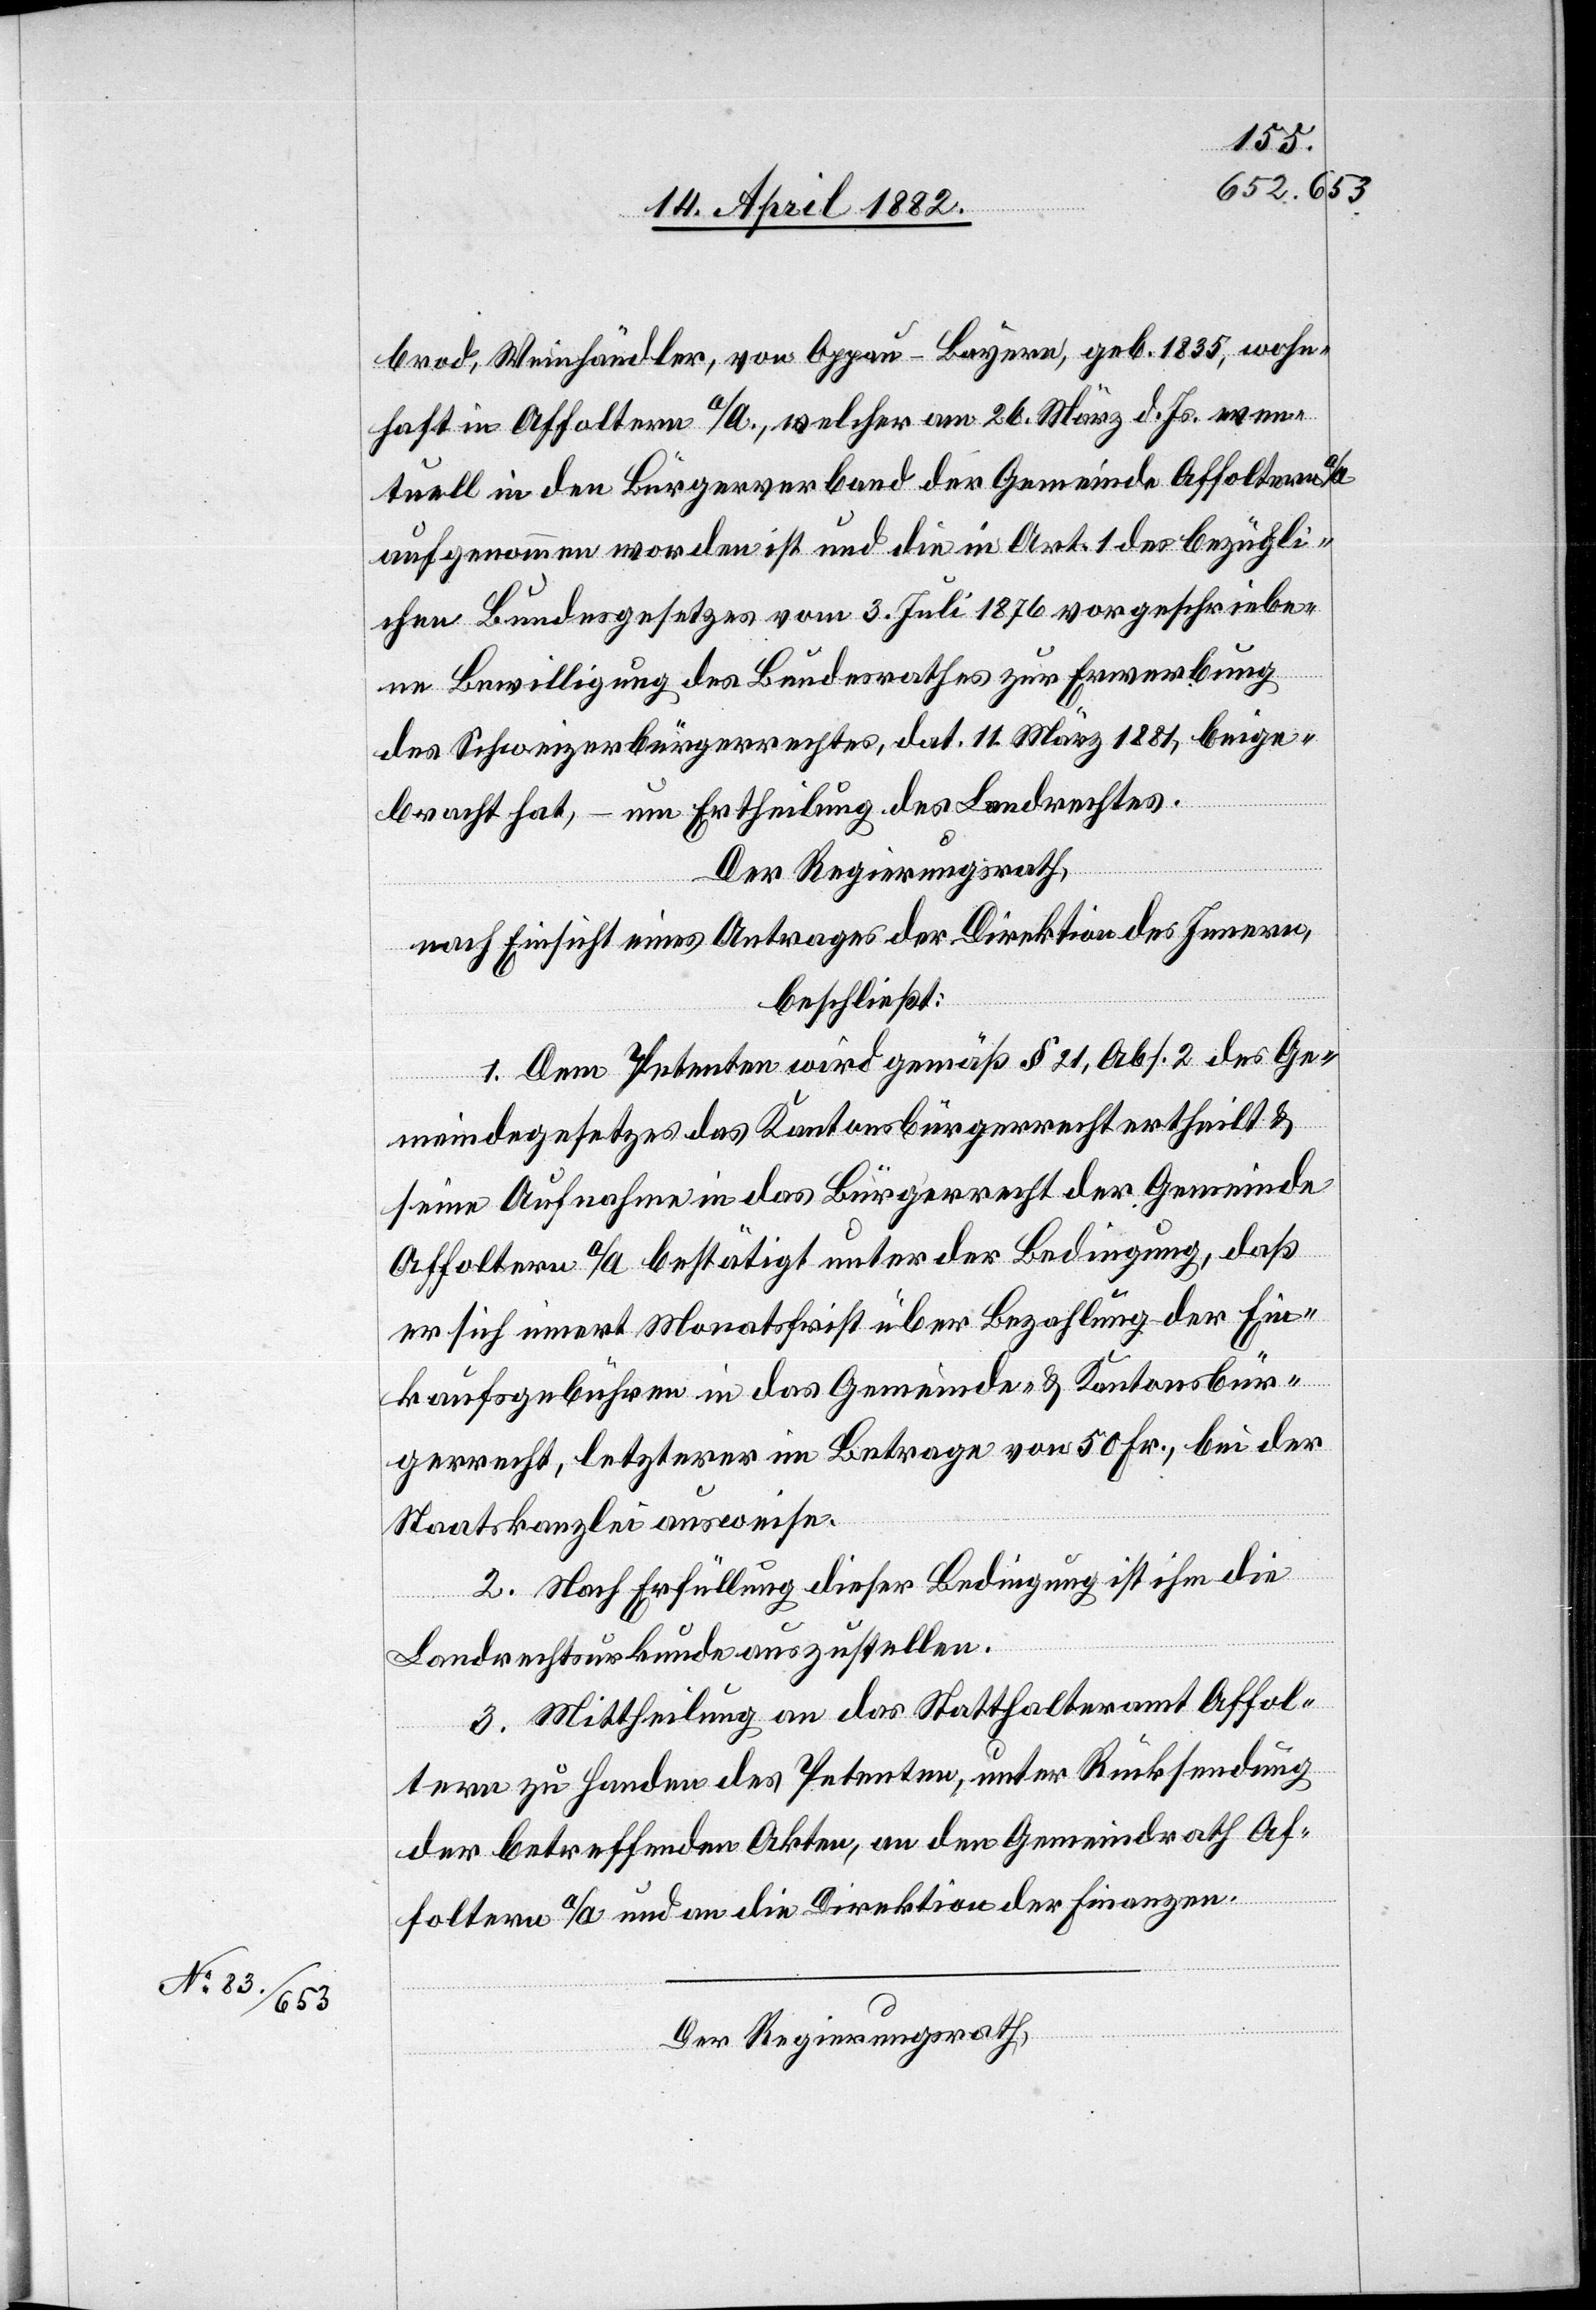
brod, Weinhändler, von Oppau - Bayern, geb. 1835, wohn¬
haft in Affoltern a/A., welcher am 26. März d. Js. even¬
tuell in den Bürgerverband der Gemeinde Affoltern
aufgenommen worden ist und die in Art. 1 des bezügli¬
chen Bundesgesetzes vom 3. Juli 1876 vorgeschriebe¬
ne Bewilligung des Bundesrathes zur Erwerbung
des Schweizerbürgerrechtes, dat. 11. März 1881, beige¬
bracht hat, – um Ertheilung des Landrechtes.
Der Regierungsrath,
nach Einsicht eines Antrages der Direktion des Innern,
beschließt:
1. Dem Petenten wird gemäß § 21, Abs. 2 des Ge¬
meindegesetzes das Kantonsbürgerrecht ertheilt &
seine Aufnahme in das Bürgerrecht der Gemeinde
Affoltern a/A bestätigt unter der Bedingung, daß
er sich innert Monatsfrist über Bezahlung der Ein¬
kaufsgebühren in das Gemeinde- & Kantonsbür¬
gerrecht, letzterer im Betrage von 50 Fr., bei der
Staatskanzlei ausweise.
2. Nach Erfüllung dieser Bedingung ist ihm die
Landrechtsurkunde auszustellen.
3. Mittheilung an das Statthalteramt Affol¬
tern zu Handen des Petenten, unter Rücksendung
der betreffenden Akten, an den Gemeindrath Af¬
foltern a/A und an die Direktion der Finanzen.
Der Regierungsrath,